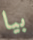
بيا